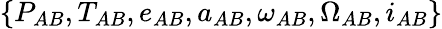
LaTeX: \{ P_{AB},T_{AB},e_{AB},a_{AB},\omega_{AB},\Omega_{AB},i_{AB}\}